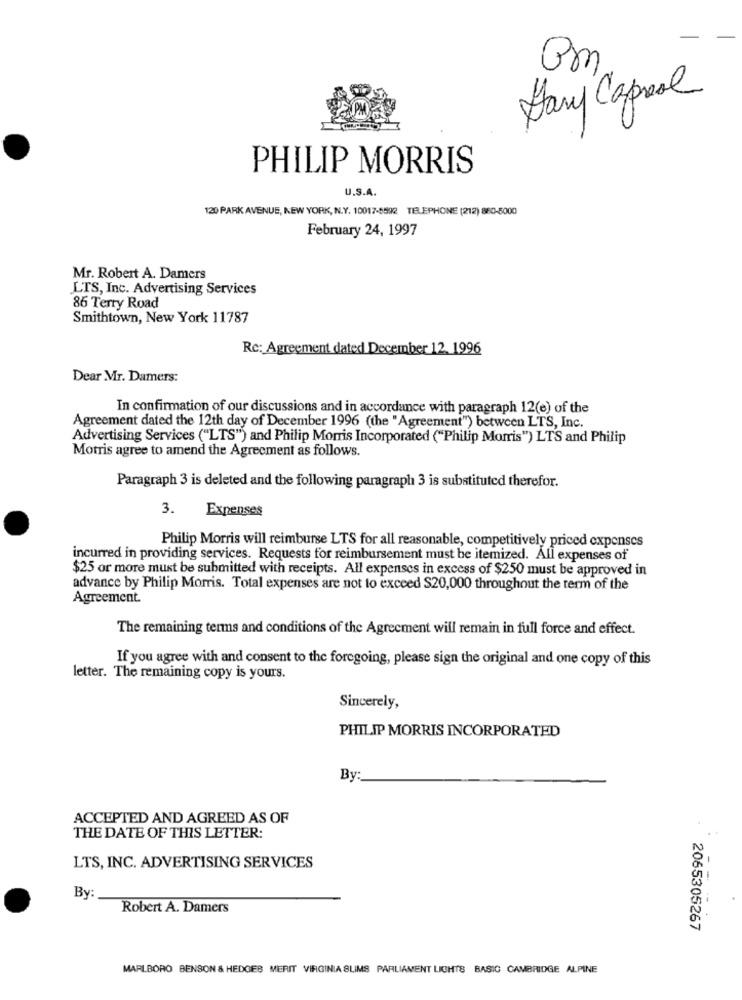
Pm
Dary Capeal
A
PHILIP MORRIS
U.S.A.
120 PARK AVENUE, NEW YORK, N.Y. 10017-5592 TELEPHONE (212) 860-5000
February 24, 1997
Mr. Robert A. Damers
LTS, Inc. Advertising Services
86 Terry Road
Smithtown, New York 11787
Re: Agreement dated December 12. 1996
Dear Mr. Damers:
In confirmation of our discussions and in accordance with paragraph 12(e) of the
Agreement dated the 12th day of December 1996 (the "Agreement") between LTS, Inc.
Advertising Services ("LTS") and Philip Morris Incorporated ("Philip Morris") LTS and Philip
Motris agree to amend the Agreement as follows.
Paragraph 3 is deleted and the following paragraph 3 is substituted therefor.
3.
Expenses
Philip Morris will reimburse LTS for all reasonable, competitively priced expenses
incurred in providing services. Requests for reimbursement must be itemized. All expenses of
$25 or more must be submitted with receipts. All expenses in excess of $250 must be approved in
advance by Philip Morris. Total expenses are not to exceed $20,000 throughout the term of the
Agreement.
The remaining terms and conditions of the Agreement will remain in full force and effect.
If you agree with and consent to the foregoing, please sign the original and one copy of this
letter. The remaining copy is yours.
Sincerely,
PHILIP MORRIS INCORPORATED
By:
ACCEPTED AND AGREED AS OF
THE DATE OF THIS LETTER:
LTS, INC. ADVERTISING SERVICES
--
By:
Robert A. Damers
2065305267
MARLBORO BENSON & HEDOES MERIT VIRGINIA SLIMS PARLIAMENT LIGHTS BASIC CAMBRIDGE ALPINE